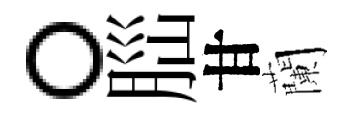
。𦛁甘蘭